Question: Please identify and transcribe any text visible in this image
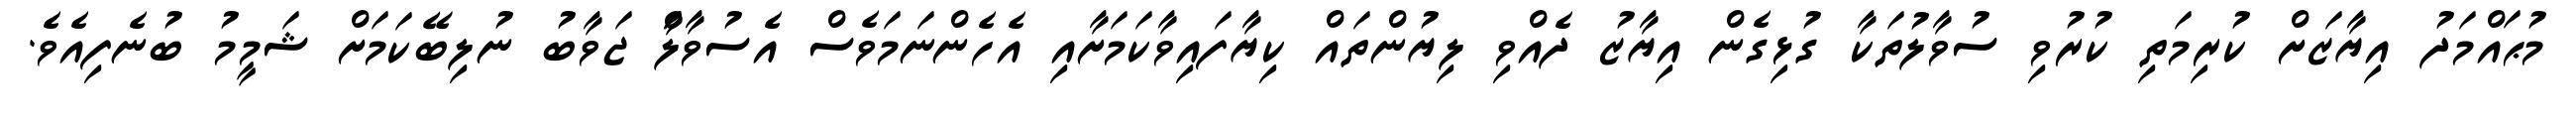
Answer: މުޙައްމަދު އިޔާޒަށް ކުރިމަތި ކުރުވި ސުވާލުތަކާ ގުޅިގެން އިޔާޒު ދެއްވި ލިޔުންތައް ކިޔާފައިވާކަމަށާއި އެހެންނަމަވެސް އެސުވާލަާް ޖަވާބު ނުލިބޭކަމަށް ޝަމީމު ބުނެފިއެވެ.